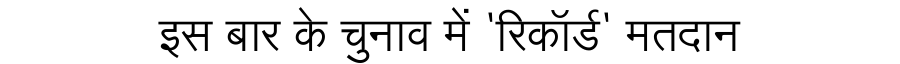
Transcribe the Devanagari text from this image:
इस बार के चुनाव में 'रिकॉर्ड' मतदान